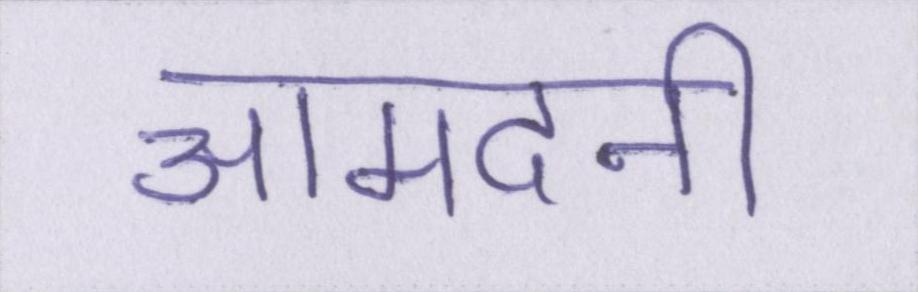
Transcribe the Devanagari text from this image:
आमदनी